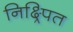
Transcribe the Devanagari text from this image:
निक्ष्र्पित